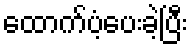
ထောက်ပံ့ပေးခဲ့ပြီး